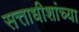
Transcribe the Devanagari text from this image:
सत्ताधीशांच्या